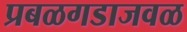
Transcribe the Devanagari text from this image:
प्रबळगडाजवळ